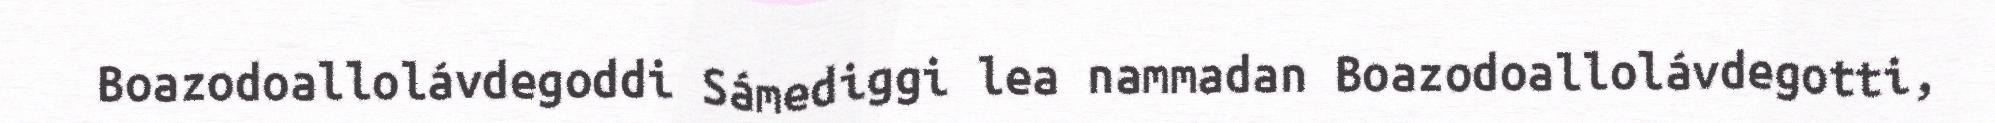
Boazodoallolávdegoddi Sámediggi lea nammadan Boazodoallolávdegotti,